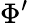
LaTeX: \Phi^{\prime}